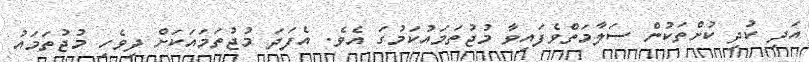
އަދި ކުދި ކުށްތަކުން ސަލާމަތްވެފައިވާ މުޖުތަމައުކަމުގަ އެވެ. އެފަދަ މުޖުތަމައަކަށް ދިވެހި މުޖުތަމައު